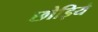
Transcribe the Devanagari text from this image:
छोड़िये